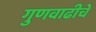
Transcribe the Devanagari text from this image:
गुणवाढीचे